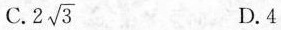
C. $$2 \sqrt{3}$$ D.4